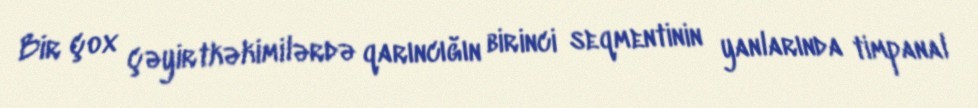
Bir çox çəyirtkəkimilərdə qarıncığın birinci seqmentinin yanlarında timpanal